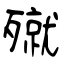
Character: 殧